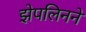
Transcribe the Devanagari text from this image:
झेपलिनने